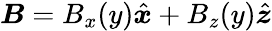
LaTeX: \boldsymbol{B}=B_{x}(y)\hat{\boldsymbol{x}}+B_{z}(y)\hat{\boldsymbol{z}}